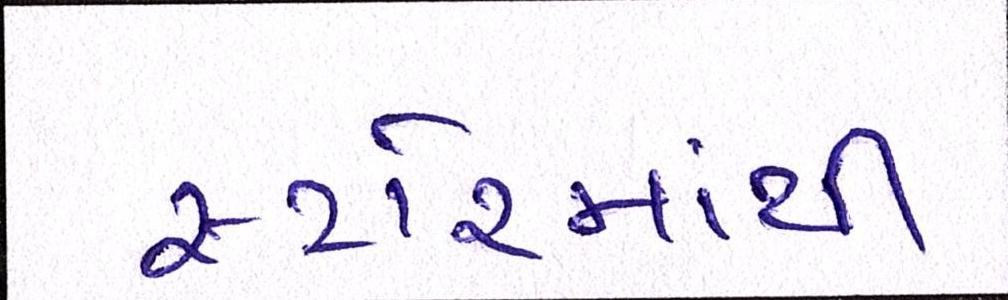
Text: સ્ટોરમાંથી